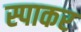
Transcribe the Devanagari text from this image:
स्पाकर